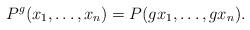
LaTeX: \begin{align*}P^g(x_1, \ldots, x_n)=P(gx_1, \ldots, gx_n).\end{align*}